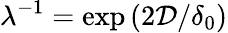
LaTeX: \lambda^{-1}=\exp{\left(2\mathcal{D}/\delta_{0}\right)}